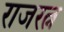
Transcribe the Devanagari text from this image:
राजरत्न